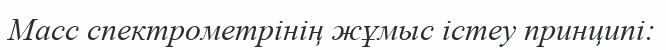
Масс спектрометрінің жұмыс істеу принципі: